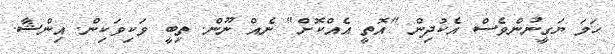
ހަމަ ޔަގީނުންވެސް އެކުދިން "އޮތީ އެއްކޮށް" ނެއް ނޫން. ތިބީ ވަކިވަކިން. އިންޝާ.